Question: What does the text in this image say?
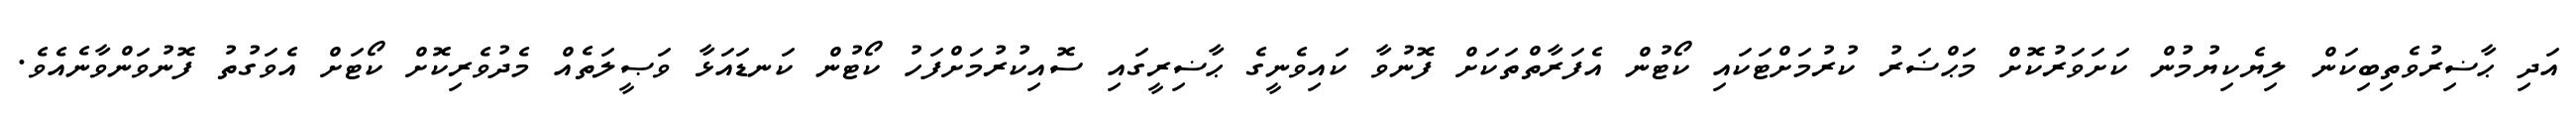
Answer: އަދި ޙާޟިރުވެތިބިކަން ލިޔެކިޔުމުން ކަށަވަރުކޮށް މަޙްޟަރު ކުރުމަށްޓަކައި ކޯޓުން އެފަރާތްތަކަށް ފޮނުވާ ކައިވެނީގެ ޙާޟިރީގައި ސޮއިކުރުމަށްފަހު ކޯޓުން ކަނޑައަޅާ ވަޞީލަތެއް މެދުވެރިކޮށް ކޯޓަށް އެވަގުތު ފޮނުވަންވާނެއެވެ.